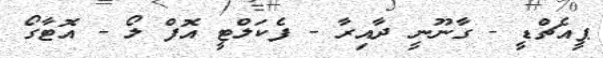
ޕީއެޗްޑީ - ގާނޫނީ ދާއިރާ - ފެކަލްޓީ އޮފް ލޯ - އޮޓާގޯ